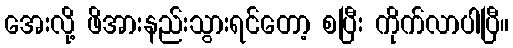
အေးလို့ ဖိအားနည်းသွားရင်တော့ စပြီး ကိုက်လာပါပြီ။